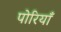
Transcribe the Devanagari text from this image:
पोरियाँ